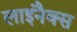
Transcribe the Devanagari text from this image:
लाइनैक्स